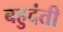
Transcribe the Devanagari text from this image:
बहुदंती